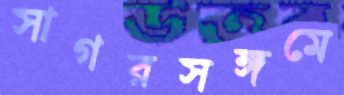
সাগরসঙ্গমে